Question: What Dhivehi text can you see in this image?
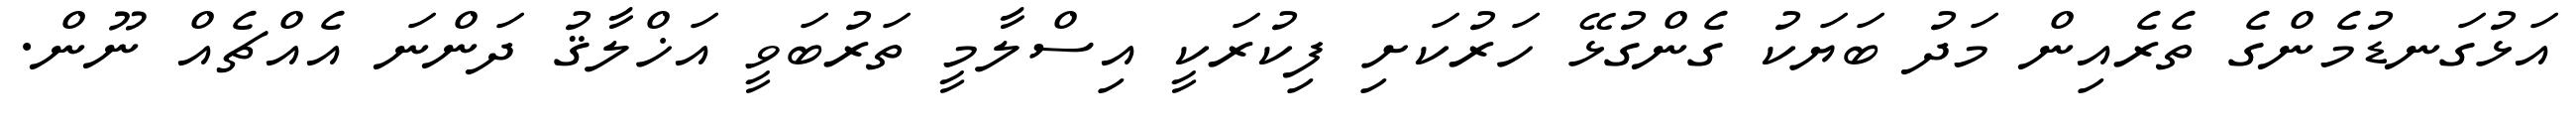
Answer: އަޅުގަނޑުމެންގެ ތެރެއިން މަދު ބަޔަކު ގެންގުޅޭ ހަރުކަށި ފިކުރަކީ އިސްލާމީ ތަރުބަވީ އަޚްލާޤު ދަންނަ އެއްޗެއް ނޫން.